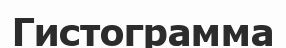
Гистограмма